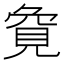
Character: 𮗏